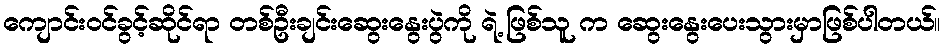
ကျောင်းဝင်ခွင့်ဆိုင်ရာ တစ်ဦးချင်းဆွေးနွေးပွဲကို ရဲ့ ဖြစ်သူ က ဆွေးနွေးပေးသွားမှာဖြစ်ပါတယ်။